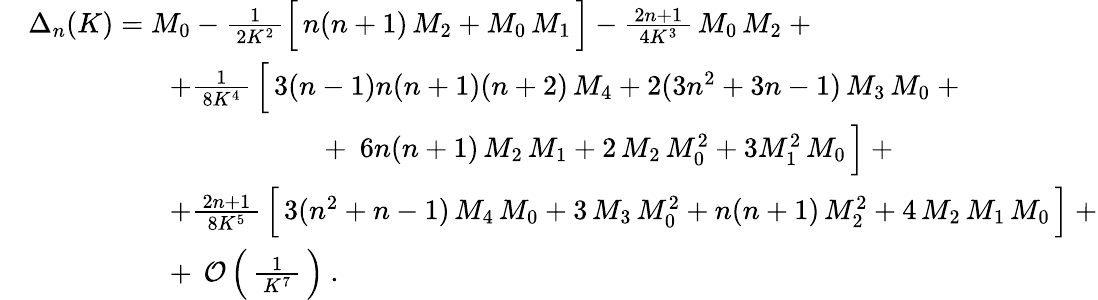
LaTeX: {\begin{array}{rl}&{\Delta_{n}(K)=M_{0}-{\frac{1}{\, 2K^{2}\, }}{\Bigl[}\, n(n+1)\, M_{2}+M_{0}\, M_{1}\, {\Bigr]}-{\frac{\, 2n+1\, }{4K^{3}}}\, M_{0}\, M_{2}~+}\\ &{\qquad\qquad\quad+{\frac{1}{\, 8K^{4}\, }}\, {\Bigl[}\, 3(n-1)n(n+1)(n+2)\, M_{4}+2(3n^{2}+3n-1)\, M_{3}\, M_{0}~+}\\ &{\qquad\qquad\qquad\qquad\qquad~+~6n(n+1)\, M_{2}\, M_{1}+2\, M_{2}\, M_{0}^{2}+3M_{1}^{2}\, M_{0}\, {\Bigr]}~+}\\ &{\qquad\qquad\quad+{\frac{\, 2n+1\, }{\, 8K^{5}\, }}\, {\Bigl[}\, 3(n^{2}+n-1)\, M_{4}\, M_{0}+3\, M_{3}\, M_{0}^{2}+n(n+1)\, M_{2}^{2}+4\, M_{2}\, M_{1}\, M_{0}\, {\Bigr]}~+}\\ &{\qquad\qquad\quad+~\operatorname{\mathcal{O}}{\Bigl(}\, {\frac{1}{\, K^{7}\, }}\, {\Bigr)}~.}\end{array}}